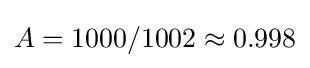
A=1000/1002\approx 0.998